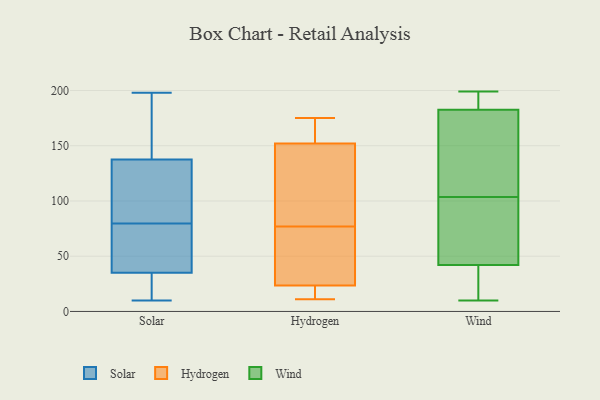
{"axis": {"x": "Website Visitors", "y": "Value"}, "legend": ["Hydrogen", "Solar", "Wind"], "data": [{"x": "", "y": 54, "type": "Solar"}, {"x": "", "y": 152, "type": "Solar"}, {"x": "", "y": 123, "type": "Solar"}, {"x": "", "y": 198, "type": "Solar"}, {"x": "", "y": 68, "type": "Solar"}, {"x": "", "y": 157, "type": "Solar"}, {"x": "", "y": 99, "type": "Solar"}, {"x": "", "y": 22, "type": "Solar"}, {"x": "", "y": 50, "type": "Solar"}, {"x": "", "y": 101, "type": "Solar"}, {"x": "", "y": 20, "type": "Solar"}, {"x": "", "y": 91, "type": "Solar"}, {"x": "", "y": 48, "type": "Solar"}, {"x": "", "y": 16, "type": "Solar"}, {"x": "", "y": 197, "type": "Solar"}, {"x": "", "y": 10, "type": "Solar"}, {"x": "", "y": 11, "type": "Hydrogen"}, {"x": "", "y": 55, "type": "Hydrogen"}, {"x": "", "y": 131, "type": "Hydrogen"}, {"x": "", "y": 31, "type": "Hydrogen"}, {"x": "", "y": 159, "type": "Hydrogen"}, {"x": "", "y": 114, "type": "Hydrogen"}, {"x": "", "y": 77, "type": "Hydrogen"}, {"x": "", "y": 11, "type": "Hydrogen"}, {"x": "", "y": 21, "type": "Hydrogen"}, {"x": "", "y": 175, "type": "Hydrogen"}, {"x": "", "y": 164, "type": "Hydrogen"}, {"x": "", "y": 182, "type": "Wind"}, {"x": "", "y": 10, "type": "Wind"}, {"x": "", "y": 29, "type": "Wind"}, {"x": "", "y": 65, "type": "Wind"}, {"x": "", "y": 154, "type": "Wind"}, {"x": "", "y": 199, "type": "Wind"}, {"x": "", "y": 66, "type": "Wind"}, {"x": "", "y": 183, "type": "Wind"}, {"x": "", "y": 54, "type": "Wind"}, {"x": "", "y": 141, "type": "Wind"}, {"x": "", "y": 30, "type": "Wind"}, {"x": "", "y": 192, "type": "Wind"}]}